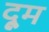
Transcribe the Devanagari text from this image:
दूूम